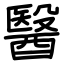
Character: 醫